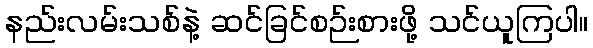
နည်းလမ်းသစ်နဲ့ ဆင်ခြင်စဉ်းစားဖို့ သင်ယူကြပါ။